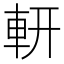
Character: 𨊻